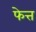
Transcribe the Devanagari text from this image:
फेत्त